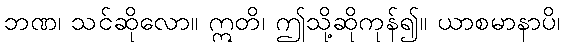
ဘဏ၊ သင်ဆိုလော။ ဣတိ၊ ဤသို့ဆိုကုန်၍။ ယာစမာနာပိ၊